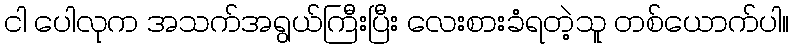
ငါ ပေါလုက အသက်အရွယ်ကြီးပြီး လေးစားခံရတဲ့သူ တစ်ယောက်ပါ။